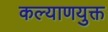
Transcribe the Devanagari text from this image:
कल्याणयुक्त